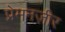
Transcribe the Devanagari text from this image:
प्रेमनज़ीर